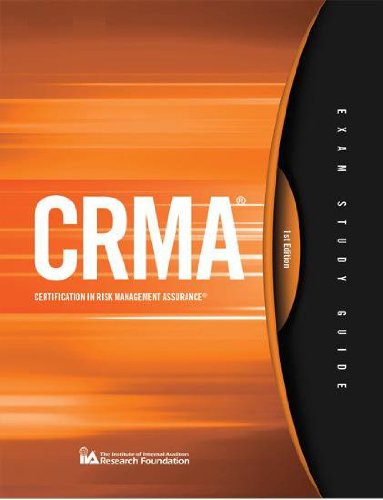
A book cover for CRMA Exam Study Guide 1st Edition; Francis Nicholson; Business & Money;